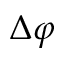
\Delta \varphi